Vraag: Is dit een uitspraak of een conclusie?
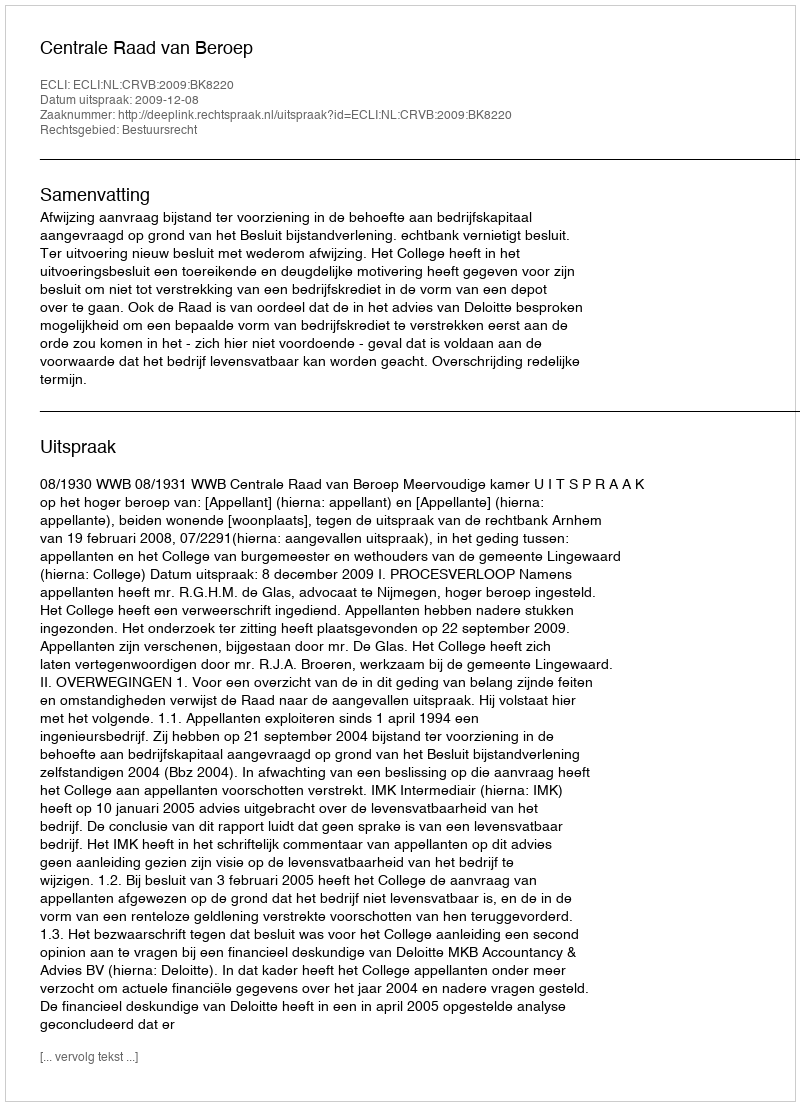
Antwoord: Uitspraak